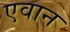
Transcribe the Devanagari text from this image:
एवान